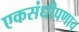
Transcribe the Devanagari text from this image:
एकसंधीपणाच